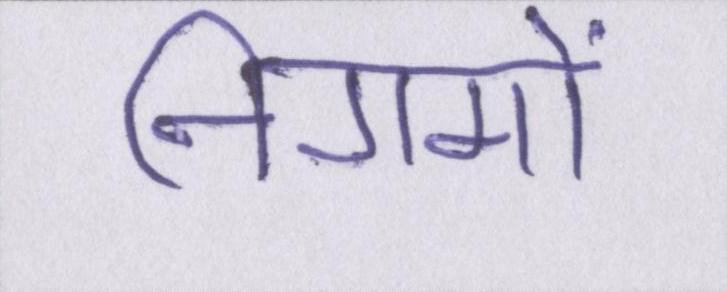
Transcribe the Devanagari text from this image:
निगमों